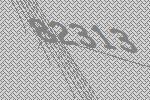
82313